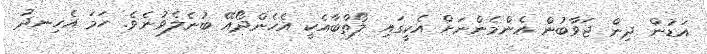
އަޑުން ދިން ޖަވާބުން އެންމެންނަށް އެކީގައި ލޯތްބާއެކީ އެހެންދޯއޭ ބުނެލެވުނެވެ. ހަމަ އެހިނދު